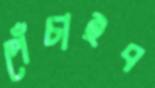
পেঁচাইব